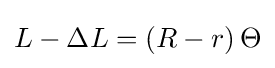
L-\Delta L=\left(R-r\right)\Theta